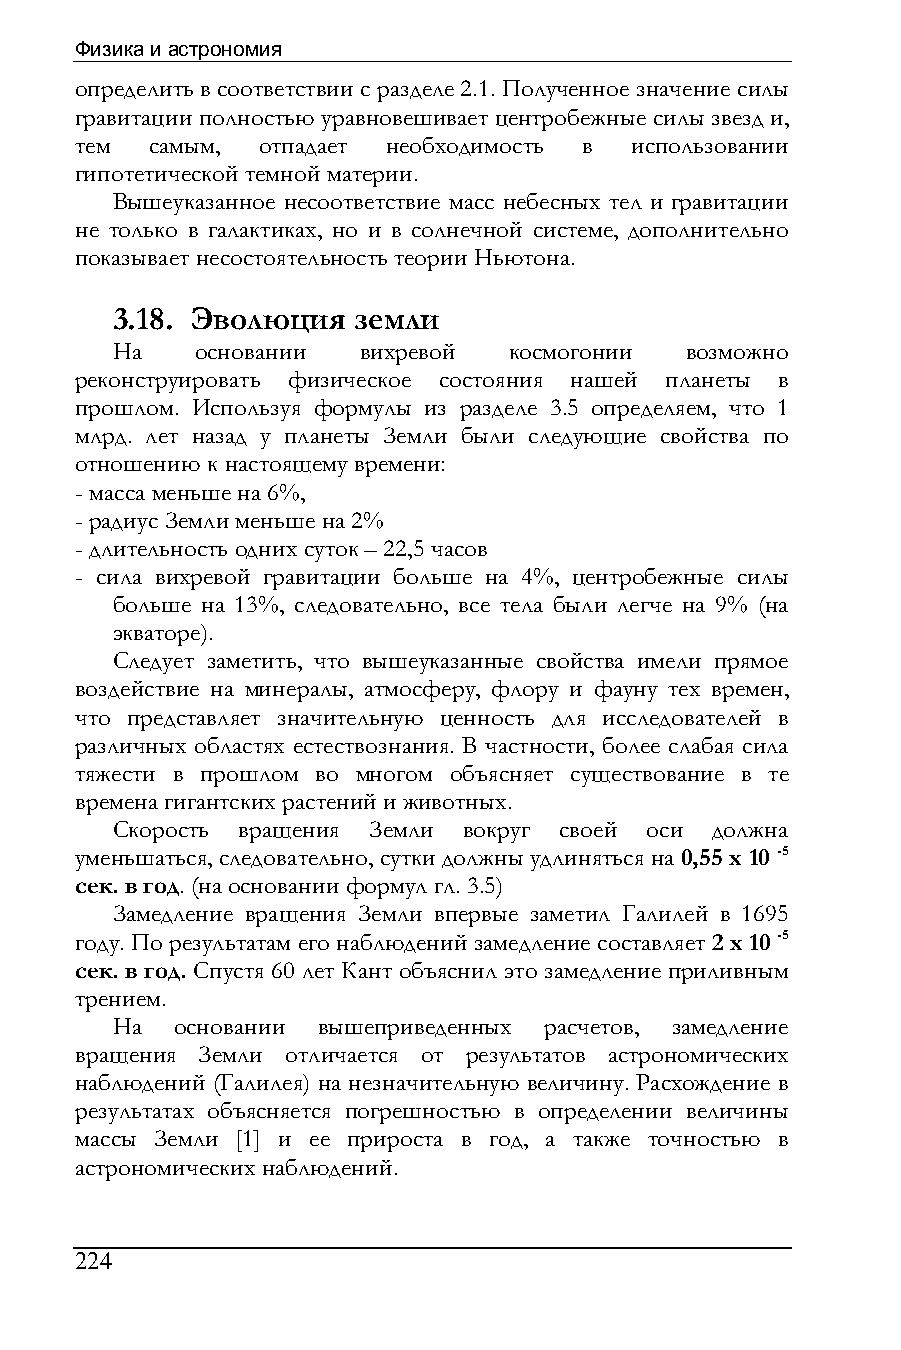
Физика и астрономия
 определить в соответствии с разделе 2.1. Полученное значение силы
 гравитации полностью уравновешивает центробежные силы звезд и,
 тем  самым, отпадает необходимость в использовании
 гипотетической темной материи.
 Вышеуказанное несоответствие масс небесных тел и гравитации
 не только в галактиках, но и в солнечной системе, дополнительно
 показывает несостоятельность теории Ньютона.
 3.18. Эволюция  земли
 На    основании  вихревой  космогонии возможно
 реконструировать физическое состояния нашей планеты в
 прошлом. Используя формулы из разделе 3.5 определяем, что 1
 млрд. лет назад у планеты Земли были следующие свойства по
 отношению к настоящему времени:
 - масса меньше на 6%,
 - радиус Земли меньше на 2%
 - длительность одних суток – 22,5 часов
 - сила вихревой гравитации больше на 4%, центробежные силы
 больше на 13%, следовательно, все тела были легче на 9% (на
 экваторе).
 Следует заметить, что вышеуказанные свойства имели прямое
 воздействие на минералы, атмосферу, флору и фауну тех времен,
 что представляет значительную ценность для исследователей в
 различных областях естествознания. В частности, более слабая сила
 тяжести в прошлом во многом объясняет существование в те
 времена гигантских растений и животных.
 Скорость вращения Земли вокруг своей оси должна
 уменьшаться, следовательно, сутки должны удлиняться на 0,55 х 10 -5
 сек. в год. (на основании формул гл. 3.5)
 Замедление вращения Земли впервые заметил Галилей в 1695
 году. По результатам его наблюдений замедление составляет 2 х 10 -5
 сек. в год. Спустя 60 лет Кант объяснил это замедление приливным
 трением.
 На   основании вышеприведенных расчетов, замедление
 вращения Земли отличается от результатов астрономических
 наблюдений (Галилея) на незначительную величину. Расхождение в
 результатах объясняется погрешностью в определении величины
 массы Земли [1] и ее прироста в год, а также точностью в
 астрономических наблюдений.
 224